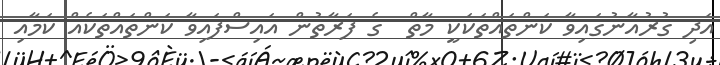
އަދި ގުރުއާނުގައިވާ ކަންތައްތަކަކީ މާތް  ގެ ފަރާތުން އައިސްފައިވާ ކަންތައްތަކެއް ކަމާއި